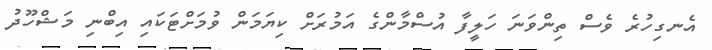
އެނގިހުރެ ވެސް ތިންވަނަ ހަލީފާ އުސްމާންގެ އަމުރަށް ކިޔަމަން ވުމަށްޓަކައި އިބްނި މަޝްހޫދު